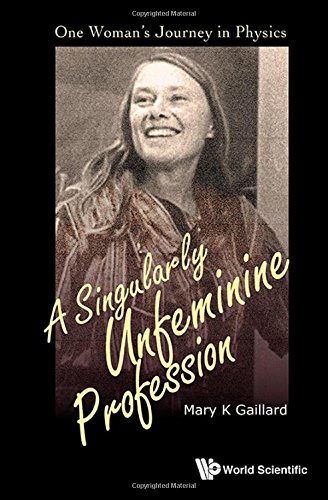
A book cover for A Singularly Unfeminine Profession: One Woman's Journey in Physics; Mary K Gaillard; Science & Math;